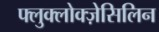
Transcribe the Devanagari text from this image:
फ्लुक्लोक्ज़ेसिलिन